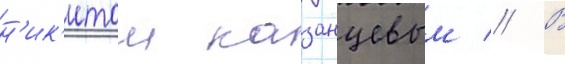
н'ик'итои казанцевым // В